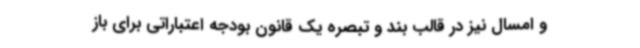
و امسال نیز در قالب بند و تبصره یک قانون بودجه اعتباراتی برای باز